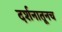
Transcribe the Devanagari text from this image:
दर्शनातूनच